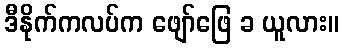
ဒီနိုက်ကလပ်က ဖျော်ဖြေ ခ ယူလား။